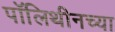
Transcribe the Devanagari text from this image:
पॉलिथीनच्या